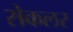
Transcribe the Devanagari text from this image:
सेकलर